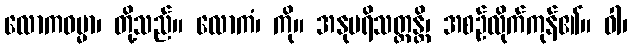
လောကဓမ္မာ၊ တို့သည်။ လောကံ၊ ကို။ အနုပရိသတ္တန္တိ၊ အစဉ်လိုက်ကုန်၏။ ဝါ၊